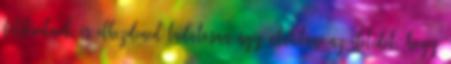
felébredned, és elkezdened tudatosan úgy alakítani az életedet, hogy